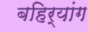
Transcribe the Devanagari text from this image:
बहिर्यांग